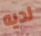
لديه